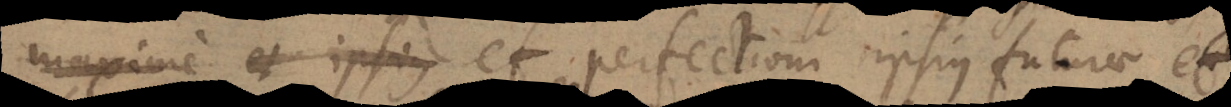
maxime et ipsius perfectioni ipsius futurae, et